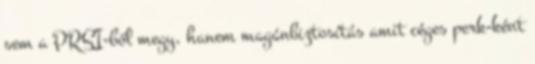
sem a PRSI-ből megy, hanem magánbiztosítás amit céges perk-ként